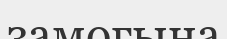
замогына